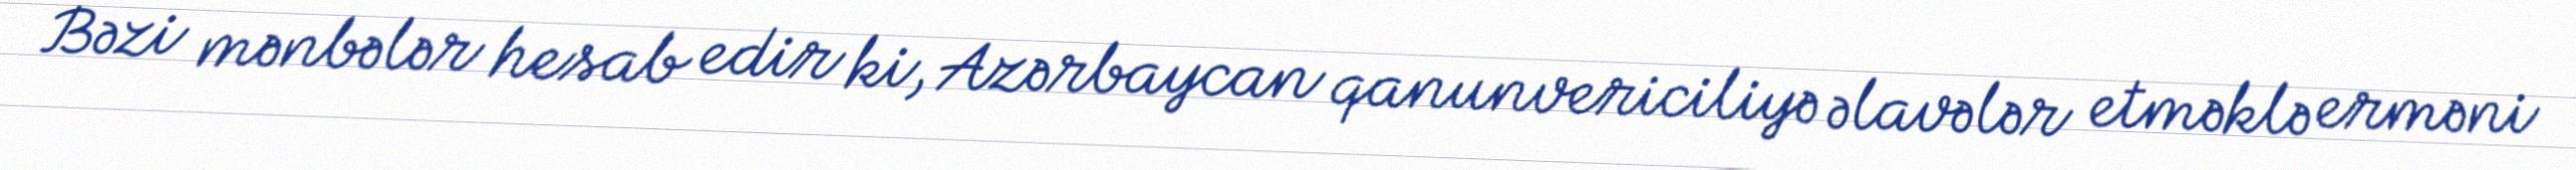
Bəzi mənbələr hesab edir ki, Azərbaycan qanunvericiliyə əlavələr etməklə erməni